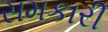
સમકારી